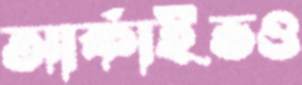
আর্কাইভও